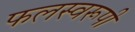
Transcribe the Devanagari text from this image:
फलस्वरूपी